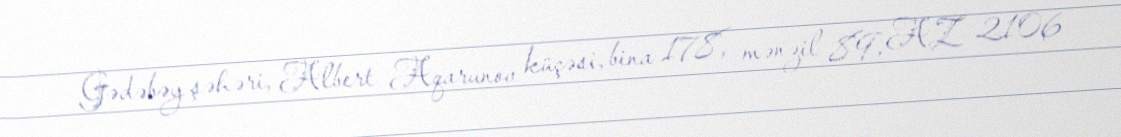
Gədəbəy şəhəri, Albert Aqarunov küçəsi, bina 178, mənzil 89, AZ 2106